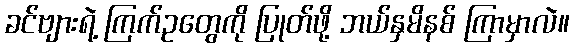
ခင်ဗျားရဲ့ ကြက်ဥတွေကို ပြုတ်ဖို့ ဘယ်နှမိနစ် ကြာမှာလဲ။